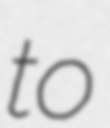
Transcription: to